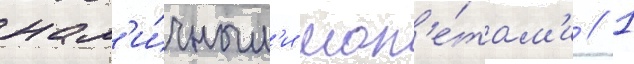
нал'и́чным'и мон'е́там'и // 1